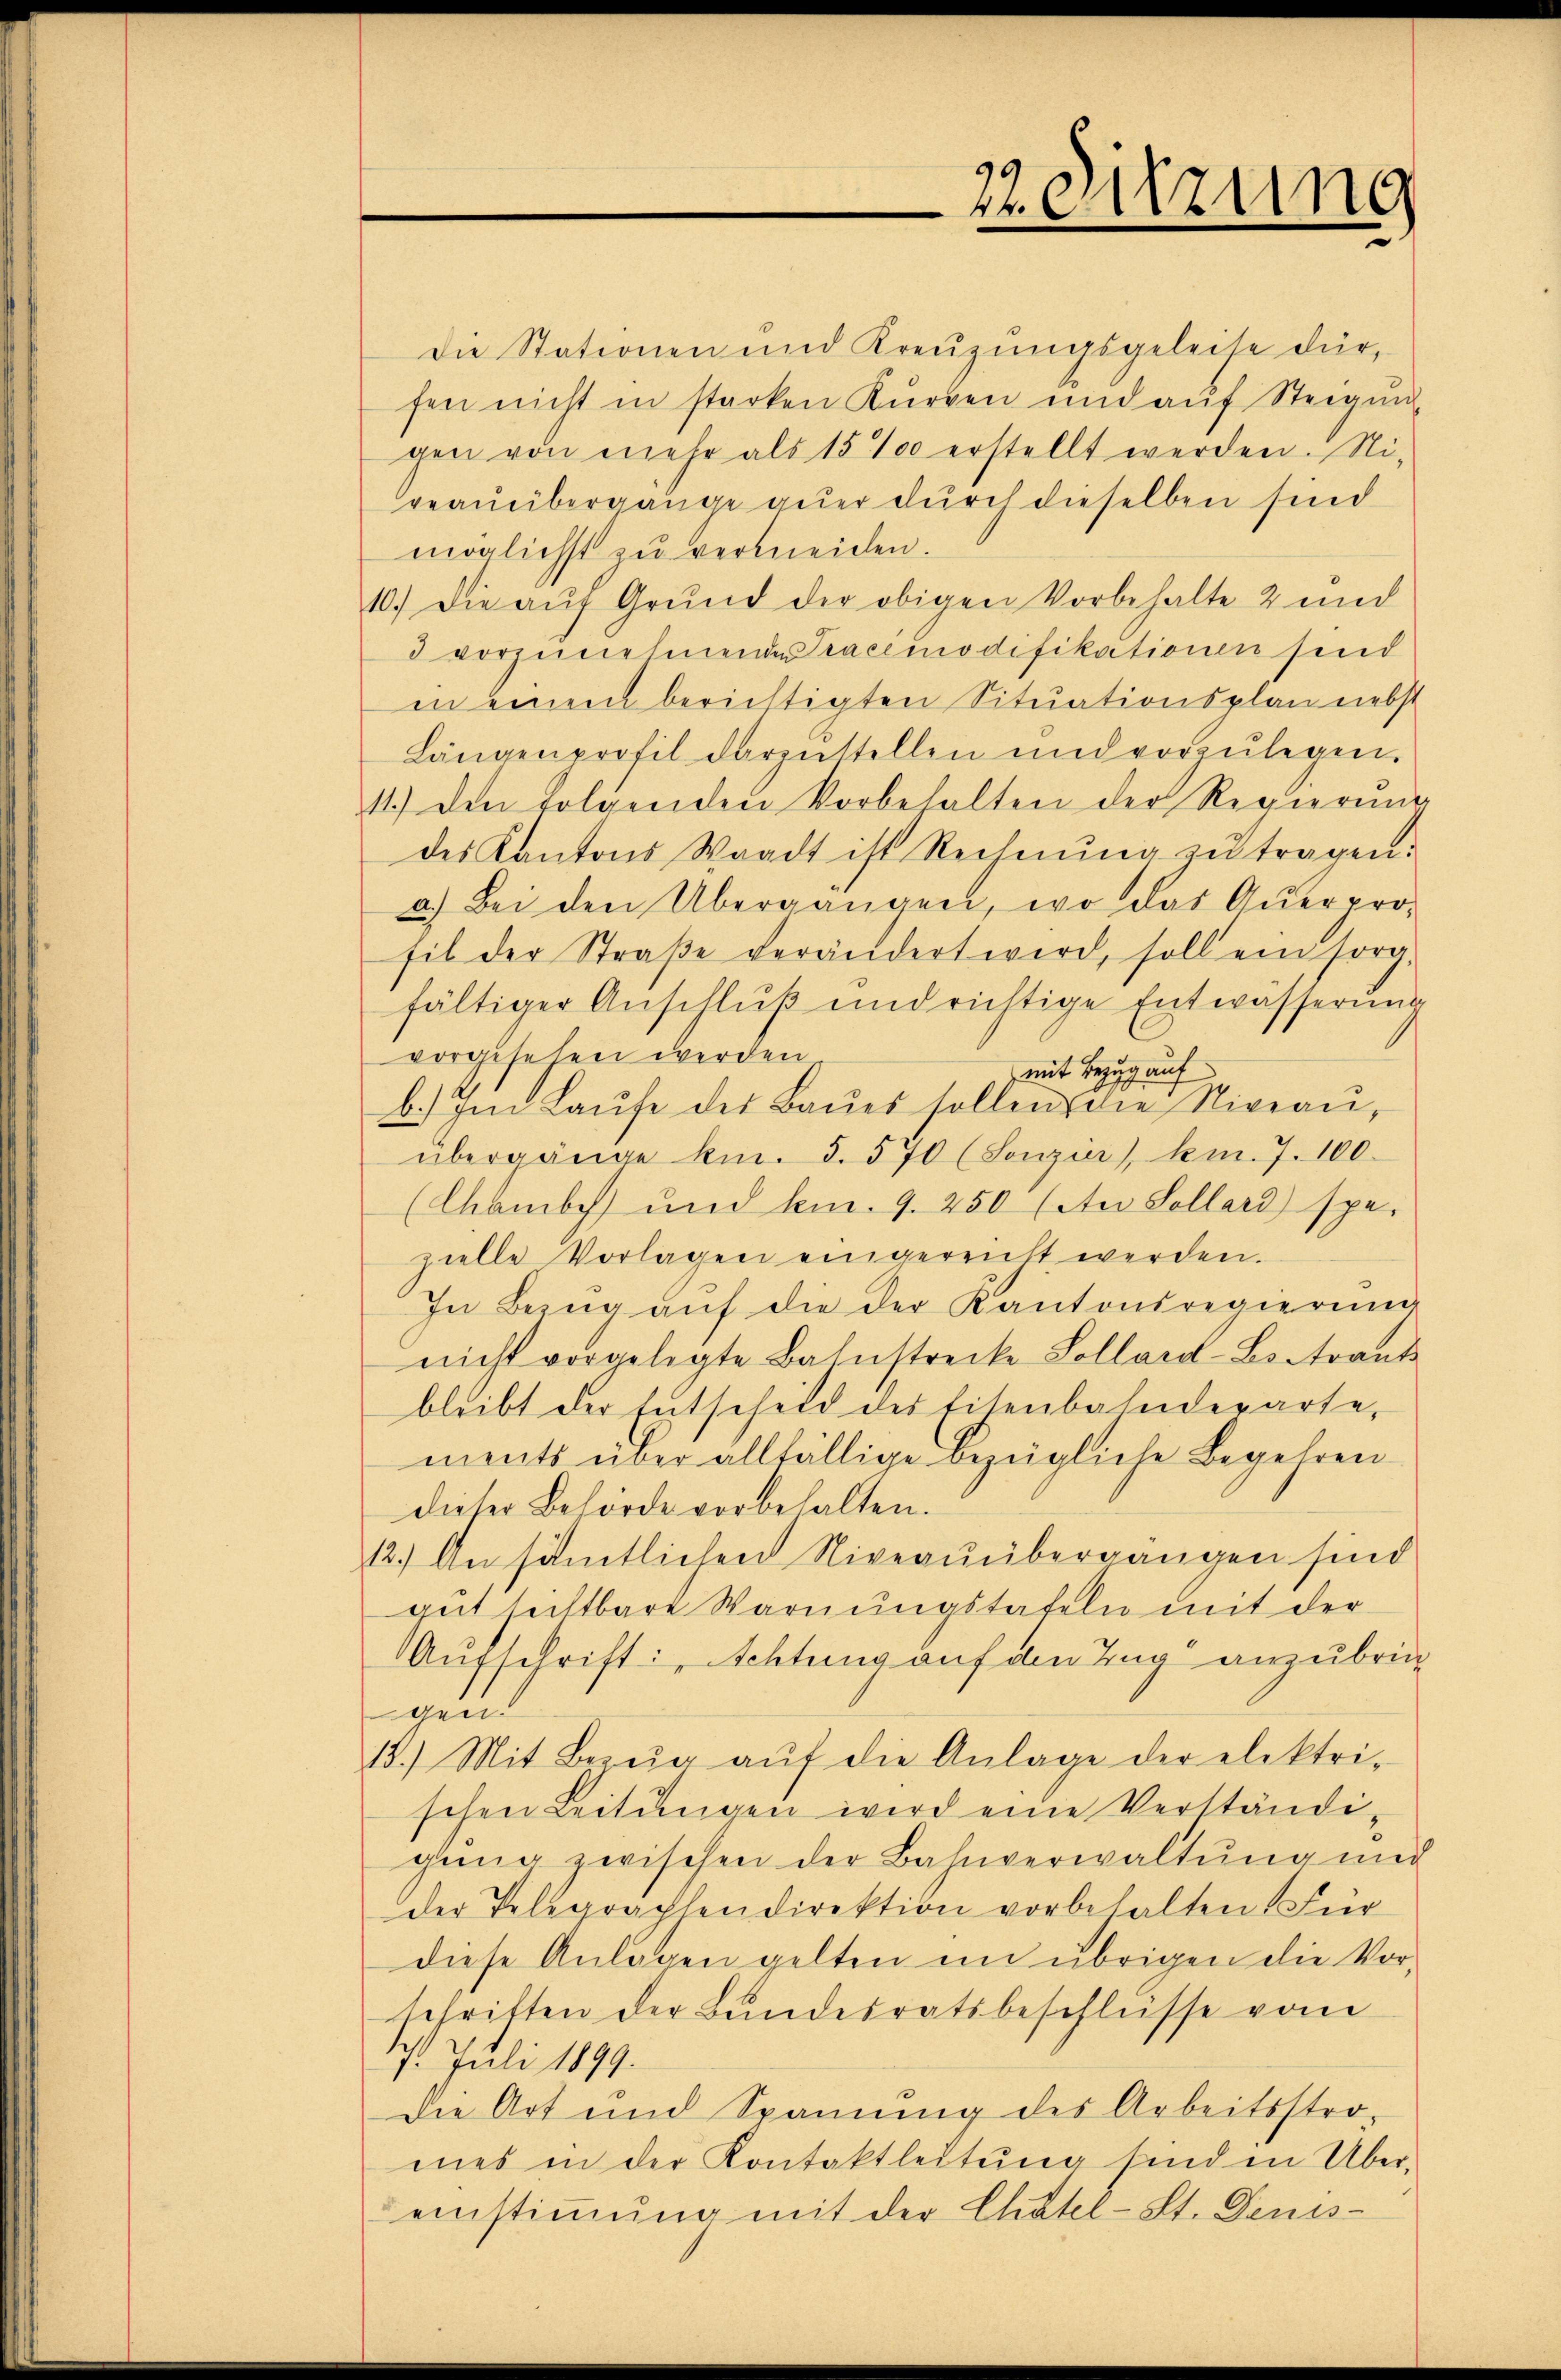
Zeitzung

Die Stationen und Kreŭzŭngsgeleise dürfen nicht in starken Kurzen und auf Steigung
gen von mehr als 15 % erstellt werden. Nigeauübergange auer durch dieselben sind
möglichst zu vermeiden.
10.) Die auf Grund der obigen Vorbehalte 2 und
3 vorzunehmenden Tracemodifikationen sind
in einem berichtigten Situationsplan nebst
Längenprofil darzŭstellen und vorzŭlegen.
11.) Den folgenden Vorbehalten der Regierŭng
des Kantons Waadt ist Rechnŭng zŭ tragen:
a.) Bei den Übergangen, wo das Querpro-
fil der Straβe verändert wird, soll ein sorg-
fältiger Anschluß und richtige Entwässerung
vorgesehen werden
mit Bezug auf
b.) Im Laŭfe der Baŭes sollen die Niveau,
übergänge kn. 5. 570 (Sonzier), km. 7. 100.
(Chambch) und km. 9. 250 (An Sollard) spe-
zielle Vorlagen eingereicht werden.
In Bezŭg aŭf die der Kantonsregierung
nicht vorgelegte Bahnstrecke Sollard-Botrant
bleibt der Entscheid des Eisenbahnderarte,
ments über allfällige bezügliche Begehren
dieser Behörde vorbehalten.
12.) An sämtlichen Niveauübergängen sind
ant sichtbare Warnungstafeln mit der
Aufschrift: Achtung auf den Tag anzubrich
gen.
13.) Mit Bezŭg aŭf die Anlage der elektri-
schen Leitŭngen wird eine Verständigŭng zwischen der Bahnverwaltung und
der Telegrachtendirektion vorbehalten. Für
diese Anlagen gelten im übrigen die Vorschriften der Bundesratsbeschlüsse vom
17. Juli 1899.
die Art und Spannung des Arbeitsstro-
mes in der Kontaktleitung finden Über-
einstimmung mit der Chatel-St. Denis¬